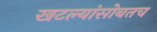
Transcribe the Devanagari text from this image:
खटल्यांसोबतच